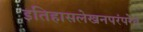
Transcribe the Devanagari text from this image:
इतिहासलेखनपरंपरेत